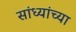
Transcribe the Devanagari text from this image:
सांध्यांच्या